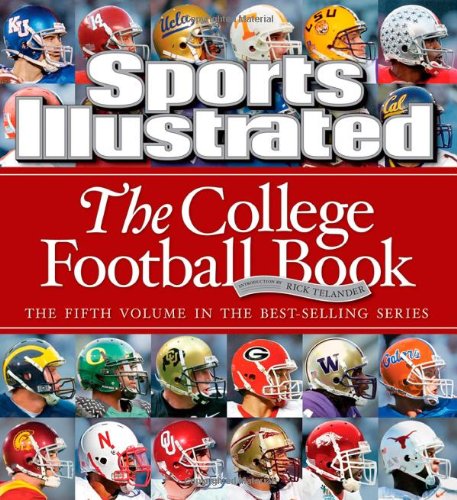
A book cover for Sports Illustrated: The College Football Book; Editors of Sports Illustrated; Literature & Fiction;